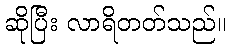
ဆိုပြီး လာရိတတ်သည်။